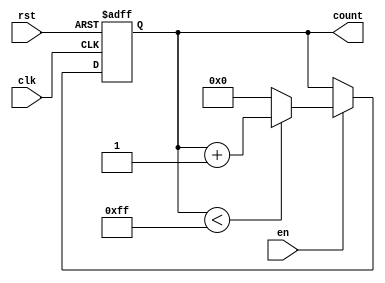
module MemoryBlocksBinaryCounter #(
    parameter WIDTH = 8,          // Width of the counter (number of bits)
    parameter INIT_VAL = 0,       // Initial value of the counter
    parameter MAX_VAL = 255        // Maximum value of the counter
)(
    input wire clk,               // Clock signal
    input wire rst,               // Reset signal
    input wire en,                // Enable signal
    output reg [WIDTH-1:0] count  // Current count value
);

    // Memory block to hold the count value
    reg [WIDTH-1:0] memory_block;

    // Always block triggered on rising edge of clk or on reset
    always @(posedge clk or posedge rst) begin
        if (rst) begin
            // Asynchronous reset: load initial value into memory block
            memory_block <= INIT_VAL;
        end else if (en) begin
            // Increment the count if enabled
            if (memory_block < MAX_VAL) begin
                memory_block <= memory_block + 1;
            end else begin
                // Wrap around to the initial value
                memory_block <= INIT_VAL;
            end
        end
    end

    // Assign the memory block value to the count output
    always @(*) begin
        count = memory_block;
    end

endmodule